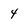
Character: 4